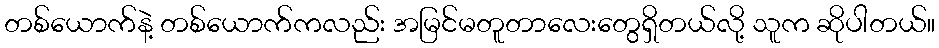
တစ်ယောက်နဲ့ တစ်ယောက်ကလည်း အမြင်မတူတာလေးတွေရှိတယ်လို့ သူက ဆိုပါတယ်။